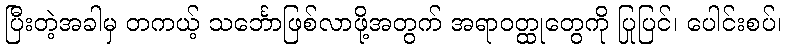
ပြီးတဲ့အခါမှ တကယ့် သင်္ဘောဖြစ်လာဖို့အတွက် အရာဝတ္ထုတွေကို ပြုပြင်၊ ပေါင်းစပ်၊